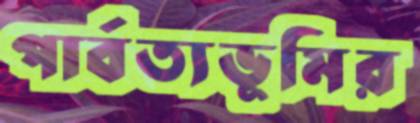
পার্বত্যভূমির